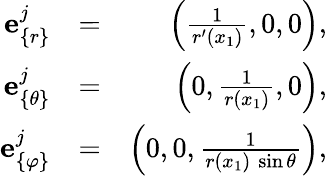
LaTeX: \begin{array}{rlr}{{\mathbf e}_{\{ r\} }^{j}}&{=}&{\left(\frac{1}{r^{\prime}(x_{1})},0,0\right),}\\ {{\mathbf e}_{\{ \theta\} }^{j}}&{=}&{\left(0,\frac{1}{r(x_{1})},0\right),}\\ {{\mathbf e}_{\{ \varphi\} }^{j}}&{=}&{\left(0,0,\frac{1}{r(x_{1})\ \sin\theta}\right),}\end{array}